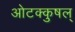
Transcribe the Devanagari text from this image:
ओटक्कुषल्